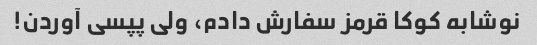
نوشابه کوکا قرمز سفارش دادم، ولی پپسی آوردن!